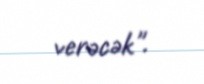
verəcək".